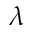
\lambda